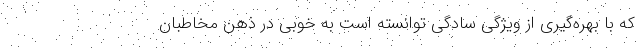
که با بهره‌گیری از ویژگی سادگی توانسته است به خوبی در ذهن مخاطبان